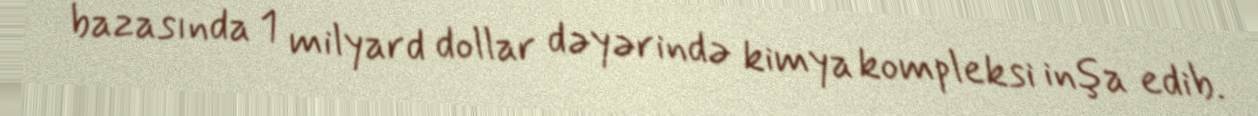
bazasında 1 milyard dollar dəyərində kimya kompleksi inşa edib.